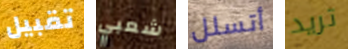
تقبيل شعبي أتسلل تريد